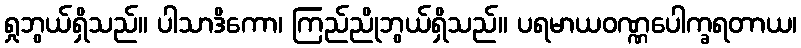
ရှုဘွယ်ရှိသည်။ ပါသာဒိကော၊ ကြည်ညိုဘွယ်ရှိသည်။ ပရမာယဝဏ္ဏပေါက္ခရတာယ၊